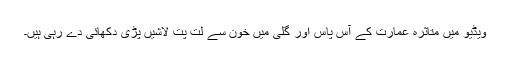
ویڈیو میں متاثرہ عمارت کے آس پاس اور گلی میں خون سے لت پت لاشیں پڑی دکھائی دے رہی ہیں۔